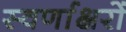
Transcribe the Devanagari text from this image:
स्‍वर्णाक्षरों